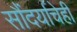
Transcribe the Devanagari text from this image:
सौंदर्याचेही